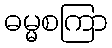
ဓမ္မစကြာ